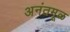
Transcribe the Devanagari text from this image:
अनंतमूळ